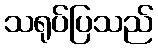
သရုပ်ပြသည်